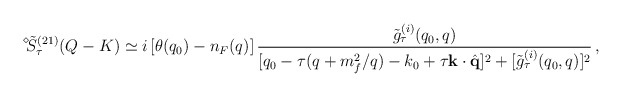
\begin{align*}\displaystyle{ \raisebox{1.1ex}{\scriptsize{$\diamond$}}} \mbox{\hspace{-0.33ex}} \tilde{S}_\tau^{(2 1)} (Q - K) \simeq i \, [\theta (q_0) - n_F (q)] \, \frac{\tilde{g}_\tau^{(i)} (q_0, q)}{[q_0 - \tau (q + m_f^2 / q) - k_0 + \tau {\bf k} \cdot \hat{{\bf q}}]^2 + [\tilde{g}_\tau^{(i)} (q_0, q) ]^2} \, , \end{align*}